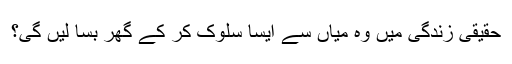
حقیقی زندگی میں وہ میاں سے ایسا سلوک کر کے گھر بسا لیں گی؟